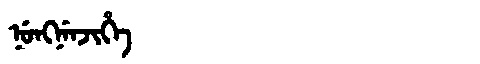
Manchu: ᠨᡠᠩᠨᡝᠨᠵᡳᡥᡝ
Romanization: NUNGNENJIHE